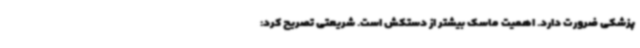
پزشکی ضرورت دارد. اهمیت ماسک بیشتر از دستکش است. شریعتی تصریح کرد: